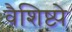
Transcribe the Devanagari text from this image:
वैशिष्ट्येेे